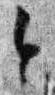
令